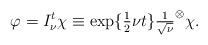
LaTeX: \begin{align*}\varphi=I^t_\nu\chi\equiv \exp\{\tfrac{1}{2}\nu t\}{\tfrac{1}{\sqrt\nu}}^\otimes\chi.\end{align*}